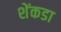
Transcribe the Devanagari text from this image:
शेंकडा